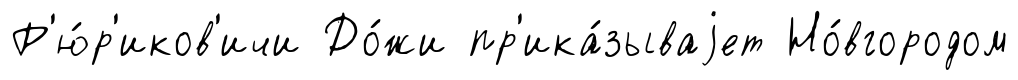
Р'ю́р'иков'ичи До́жи пр'ика́зываjет Но́вгородом